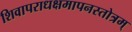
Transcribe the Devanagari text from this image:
शिवापराधक्षमापनस्तोत्रम्